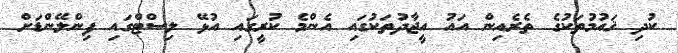
ކުދި ޤައުމުތަކުގެ ތެރެއިން އައު އީޖާދުތަކުގައި އެންމެ ކުރީގައި އުޅޭ ލިސްޓްގައި ފިންލޭންޑަށް